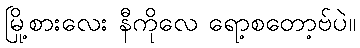
မြို့စားလေး နီကိုလေ ရော့စတော့ဗ်ပဲ။